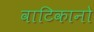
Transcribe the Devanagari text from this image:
वाटिकानो